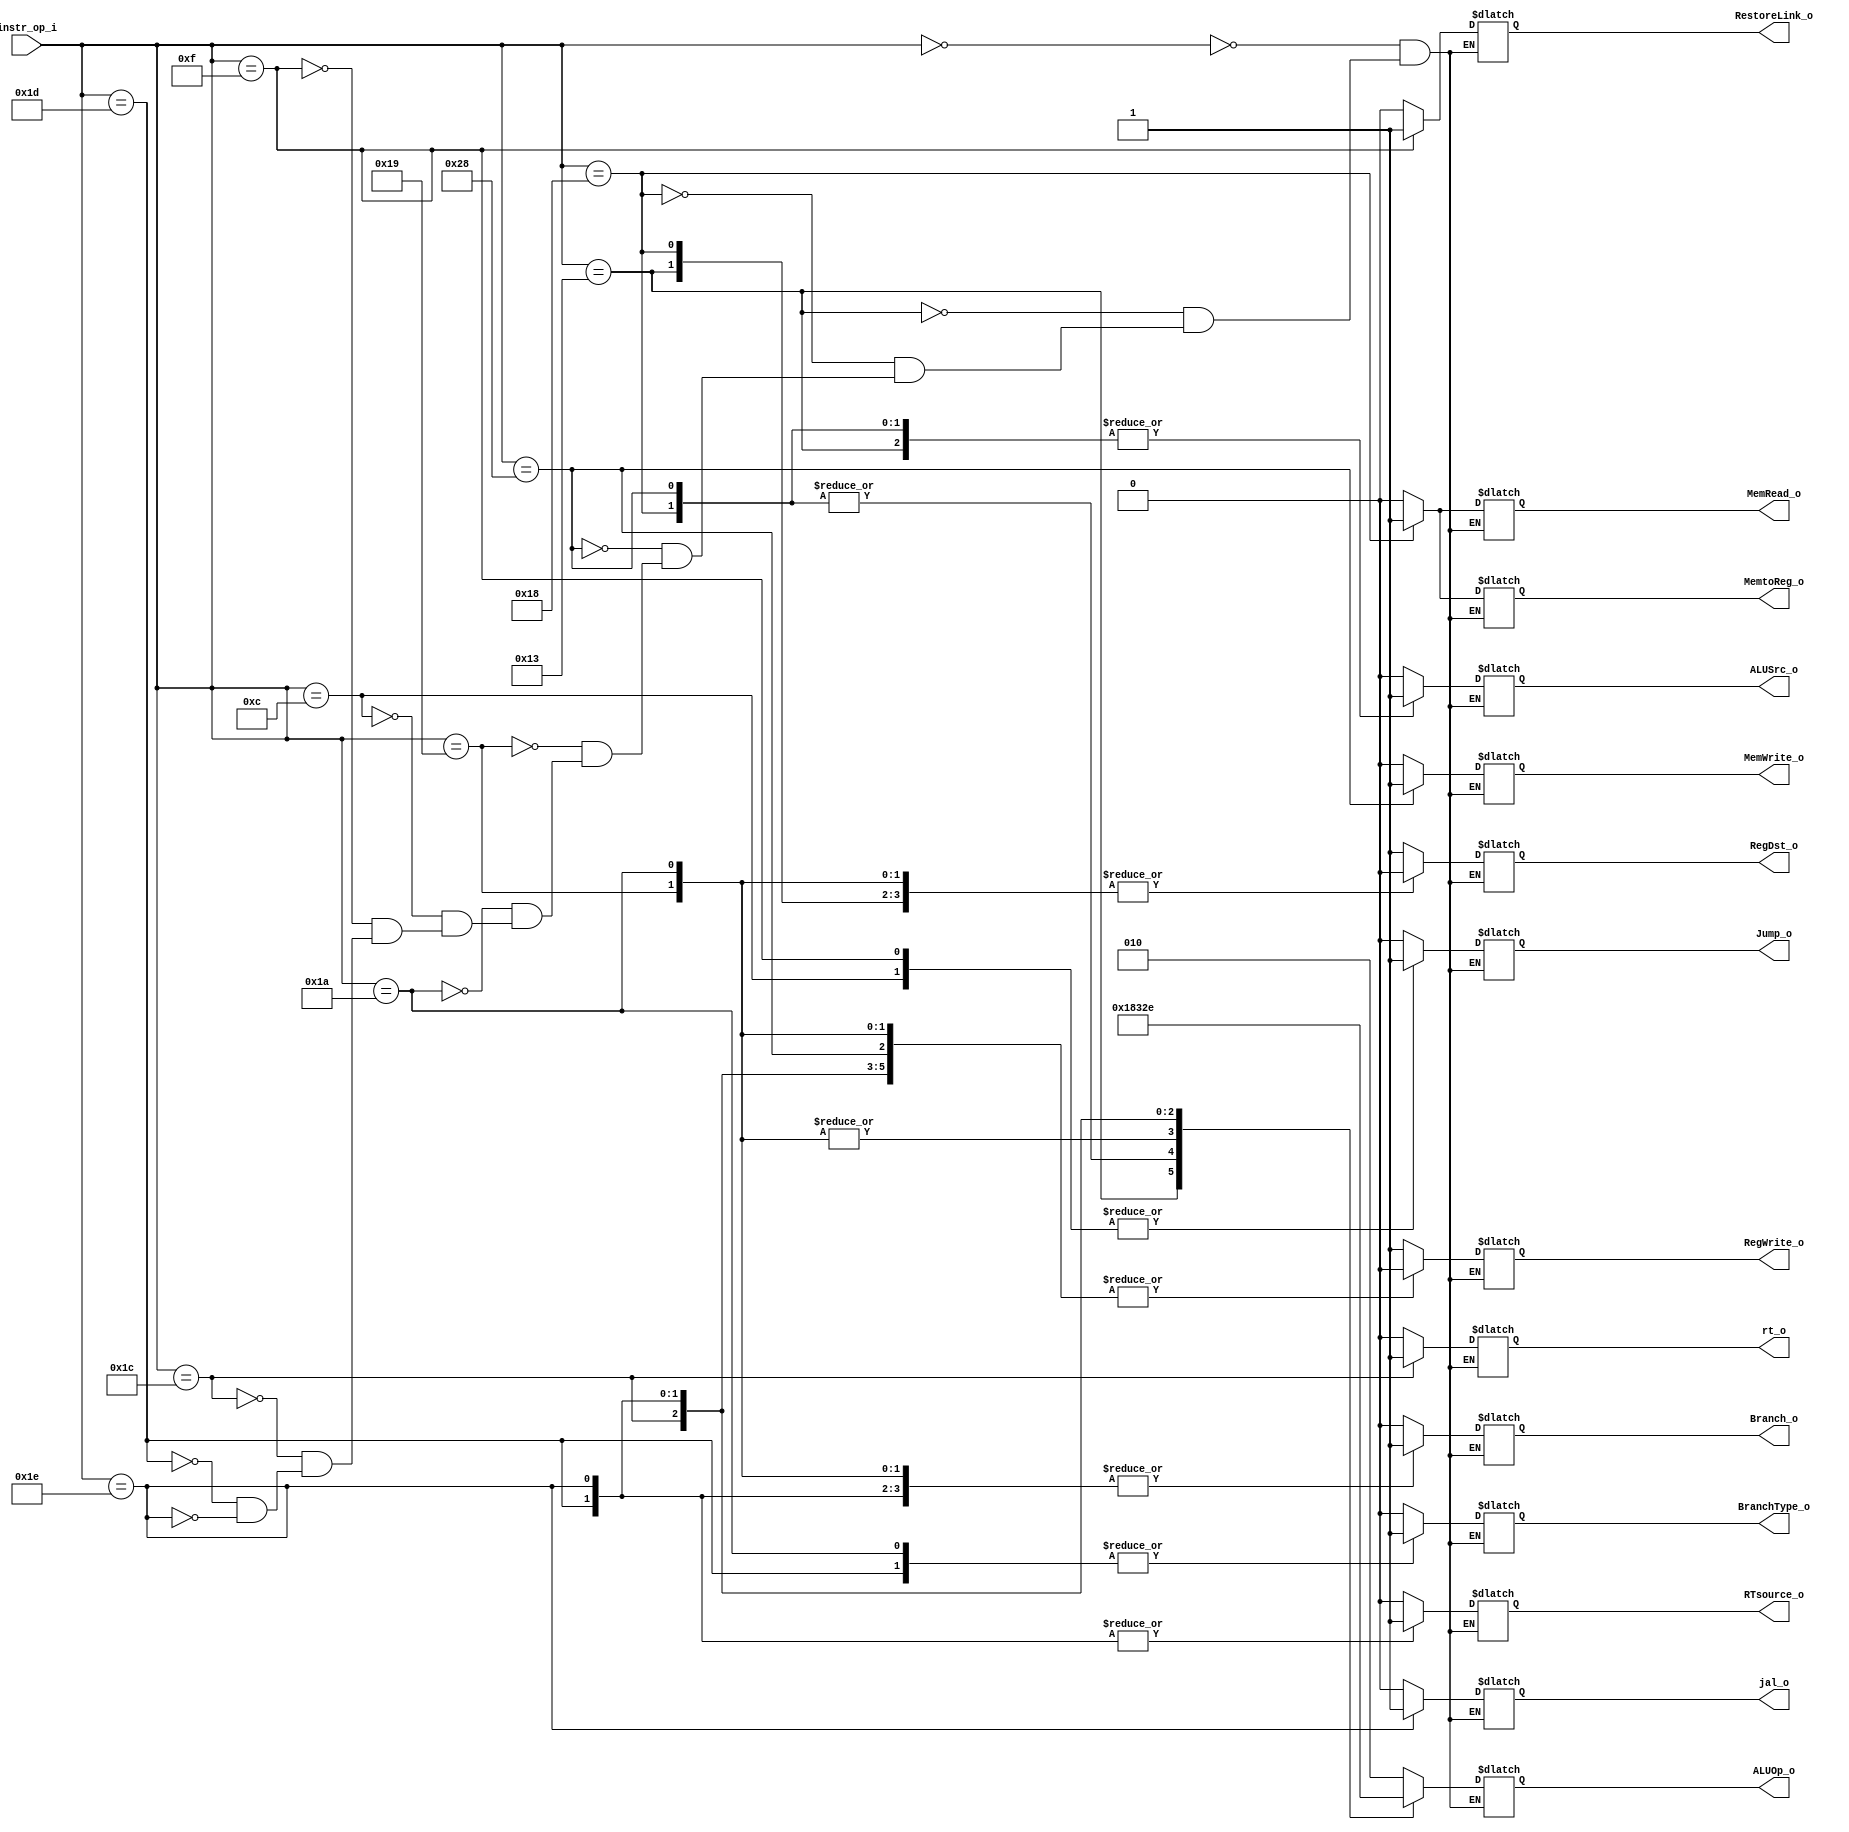
module Decoder (
           instr_op_i,
           RegWrite_o,
           ALUOp_o,
           ALUSrc_o,
           RegDst_o,
           Jump_o,
           Branch_o,
           BranchType_o,
           MemRead_o,
           MemWrite_o,
           MemtoReg_o,
           jal_o,
           rt_o,
           RestoreLink_o,
           RTsource_o
       );

//I/O ports
input [6-1:0] instr_op_i;

output RegWrite_o;
output [3-1:0] ALUOp_o;
output ALUSrc_o;
output RegDst_o;
output Jump_o;
output Branch_o;
output BranchType_o;
output MemRead_o;
output MemWrite_o;
output MemtoReg_o;
output jal_o;
output rt_o;
output RestoreLink_o;
output RTsource_o;
//Internal Signals
reg RegWrite_o;
reg [3-1:0] ALUOp_o;
reg ALUSrc_o;
reg RegDst_o;
reg Jump_o;
reg Branch_o;
reg BranchType_o;
reg MemRead_o;
reg MemWrite_o;
reg MemtoReg_o;
reg jal_o;
reg rt_o;
reg RestoreLink_o;
reg RTsource_o;

parameter RType= 6'b000000;
parameter addi = 6'b010011;
parameter lw   = 6'b011000;
parameter sw   = 6'b101000;
parameter beq  = 6'b011001;
parameter bne  = 6'b011010;
parameter jump = 6'b001100;
parameter jal  = 6'b001111;
parameter blt  = 6'b011100;
parameter bnez = 6'b011101;
parameter bgez = 6'b011110;

//Main function
/*your code here*/

always@*
begin
    case(instr_op_i)
        RType: {RegWrite_o,
                    ALUOp_o,
                    ALUSrc_o,
                    RegDst_o,
                    Jump_o,
                    Branch_o,
                    BranchType_o,
                    MemRead_o,
                    MemWrite_o,
                    MemtoReg_o,
                    jal_o,
                    rt_o,
                    RestoreLink_o,
                    RTsource_o} = {1'b1, 3'b010, 1'b0, 1'b1, 1'b0, 1'b0, 1'b0, 1'b0, 1'b0, 1'b0, 1'b0, 1'b0, 1'b0, 1'b0};
        addi:{ RegWrite_o,
                    ALUOp_o,
                    ALUSrc_o,
                    RegDst_o,
                    Jump_o,
                    Branch_o,
                    BranchType_o,
                    MemRead_o,
                    MemWrite_o,
                    MemtoReg_o,
                    jal_o,
                    rt_o,
                    RestoreLink_o,
                    RTsource_o} = {1'b1, 3'b011, 1'b1, 1'b0, 1'b0, 1'b0, 1'b0, 1'b0, 1'b0, 1'b0, 1'b0, 1'b0, 1'b0, 1'b0};
        lw:{ RegWrite_o,
                    ALUOp_o,
                    ALUSrc_o,
                    RegDst_o,
                    Jump_o,
                    Branch_o,
                    BranchType_o,
                    MemRead_o,
                    MemWrite_o,
                    MemtoReg_o,
                    jal_o,
                    rt_o,
                    RestoreLink_o,
                    RTsource_o} = {1'b1, 3'b000, 1'b1, 1'b0, 1'b0, 1'b0, 1'b0, 1'b1, 1'b0, 1'b1, 1'b0, 1'b0, 1'b0, 1'b0};
        sw:{ RegWrite_o,
                    ALUOp_o,
                    ALUSrc_o,
                    RegDst_o,
                    Jump_o,
                    Branch_o,
                    BranchType_o,
                    MemRead_o,
                    MemWrite_o,
                    MemtoReg_o,
                    jal_o,
                    rt_o,
                    RestoreLink_o,
                    RTsource_o} = {1'b0, 3'b000, 1'b1, 1'bx, 1'b0, 1'b0, 1'b0, 1'b0, 1'b1, 1'bx, 1'b0, 1'b0, 1'b0, 1'b0};
        beq:{ RegWrite_o,
                    ALUOp_o,
                    ALUSrc_o,
                    RegDst_o,
                    Jump_o,
                    Branch_o,
                    BranchType_o,
                    MemRead_o,
                    MemWrite_o,
                    MemtoReg_o,
                    jal_o,
                    rt_o,
                    RestoreLink_o,
                    RTsource_o} = {1'b0, 3'b001, 1'b0, 1'b0, 1'b0, 1'b1, 1'b0, 1'b0, 1'b0, 1'bx, 1'b0, 1'b0, 1'b0, 1'b0};
        bne:{ RegWrite_o,
                    ALUOp_o,
                    ALUSrc_o,
                    RegDst_o,
                    Jump_o,
                    Branch_o,
                    BranchType_o,
                    MemRead_o,
                    MemWrite_o,
                    MemtoReg_o,
                    jal_o,
                    rt_o,
                    RestoreLink_o,
                    RTsource_o} = {1'b0, 3'b001, 1'b0, 1'b0, 1'b0, 1'b1, 1'b1, 1'b0, 1'b0, 1'b0, 1'b0, 1'b0, 1'b0, 1'b0};
        jump:{ RegWrite_o,
                    ALUOp_o,
                    ALUSrc_o,
                    RegDst_o,
                    Jump_o,
                    Branch_o,
                    BranchType_o,
                    MemRead_o,
                    MemWrite_o,
                    MemtoReg_o,
                    jal_o,
                    rt_o,
                    RestoreLink_o,
                    RTsource_o} = {1'b0, 3'bx, 1'bx, 1'bx, 1'b1, 1'b0, 1'bx, 1'b0, 1'b0, 1'bx, 1'b0, 1'b0, 1'b0, 1'b0};
        jal:{ RegWrite_o,
                    ALUOp_o,
                    ALUSrc_o,
                    RegDst_o,
                    Jump_o,
                    Branch_o,
                    BranchType_o,
                    MemRead_o,
                    MemWrite_o,
                    MemtoReg_o,
                    jal_o,
                    rt_o,
                    RestoreLink_o,
                    RTsource_o} = {1'b1, 3'bx, 1'bx, 1'bx, 1'b1, 1'b0, 1'bx, 1'b0, 1'b0, 1'bx, 1'b0, 1'b0, 1'b1, 1'b0};
        blt:{ RegWrite_o,
                    ALUOp_o,
                    ALUSrc_o,
                    RegDst_o,
                    Jump_o,
                    Branch_o,
                    BranchType_o,
                    MemRead_o,
                    MemWrite_o,
                    MemtoReg_o,
                    jal_o,
                    rt_o,
                    RestoreLink_o,
                    RTsource_o} = {1'b0, 3'b100, 1'b0, 1'bx, 1'b0, 1'bx, 1'bx, 1'b0, 1'b0, 1'b0, 1'b0, 1'b1, 1'b0, 1'b0};
        bnez:{ RegWrite_o,
                    ALUOp_o,
                    ALUSrc_o,
                    RegDst_o,
                    Jump_o,
                    Branch_o,
                    BranchType_o,
                    MemRead_o,
                    MemWrite_o,
                    MemtoReg_o,
                    jal_o,
                    rt_o,
                    RestoreLink_o,
                    RTsource_o} = {1'b0, 3'b101, 1'b0, 1'bx, 1'b0, 1'b1, 1'b1, 1'b0, 1'b0, 1'bx, 1'b0, 1'b0, 1'b0, 1'b1};
        bgez:{ RegWrite_o,
                    ALUOp_o,
                    ALUSrc_o,
                    RegDst_o,
                    Jump_o,
                    Branch_o,
                    BranchType_o,
                    MemRead_o,
                    MemWrite_o,
                    MemtoReg_o,
                    jal_o,
                    rt_o,
                    RestoreLink_o,
                    RTsource_o} = {1'b0, 3'b110, 1'b0, 1'bx, 1'b0, 1'b1, 1'b0, 1'b0, 1'b0, 1'bx, 1'b1, 1'b0, 1'b0, 1'b1};
    endcase
end
endmodule